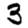
Digit: 3